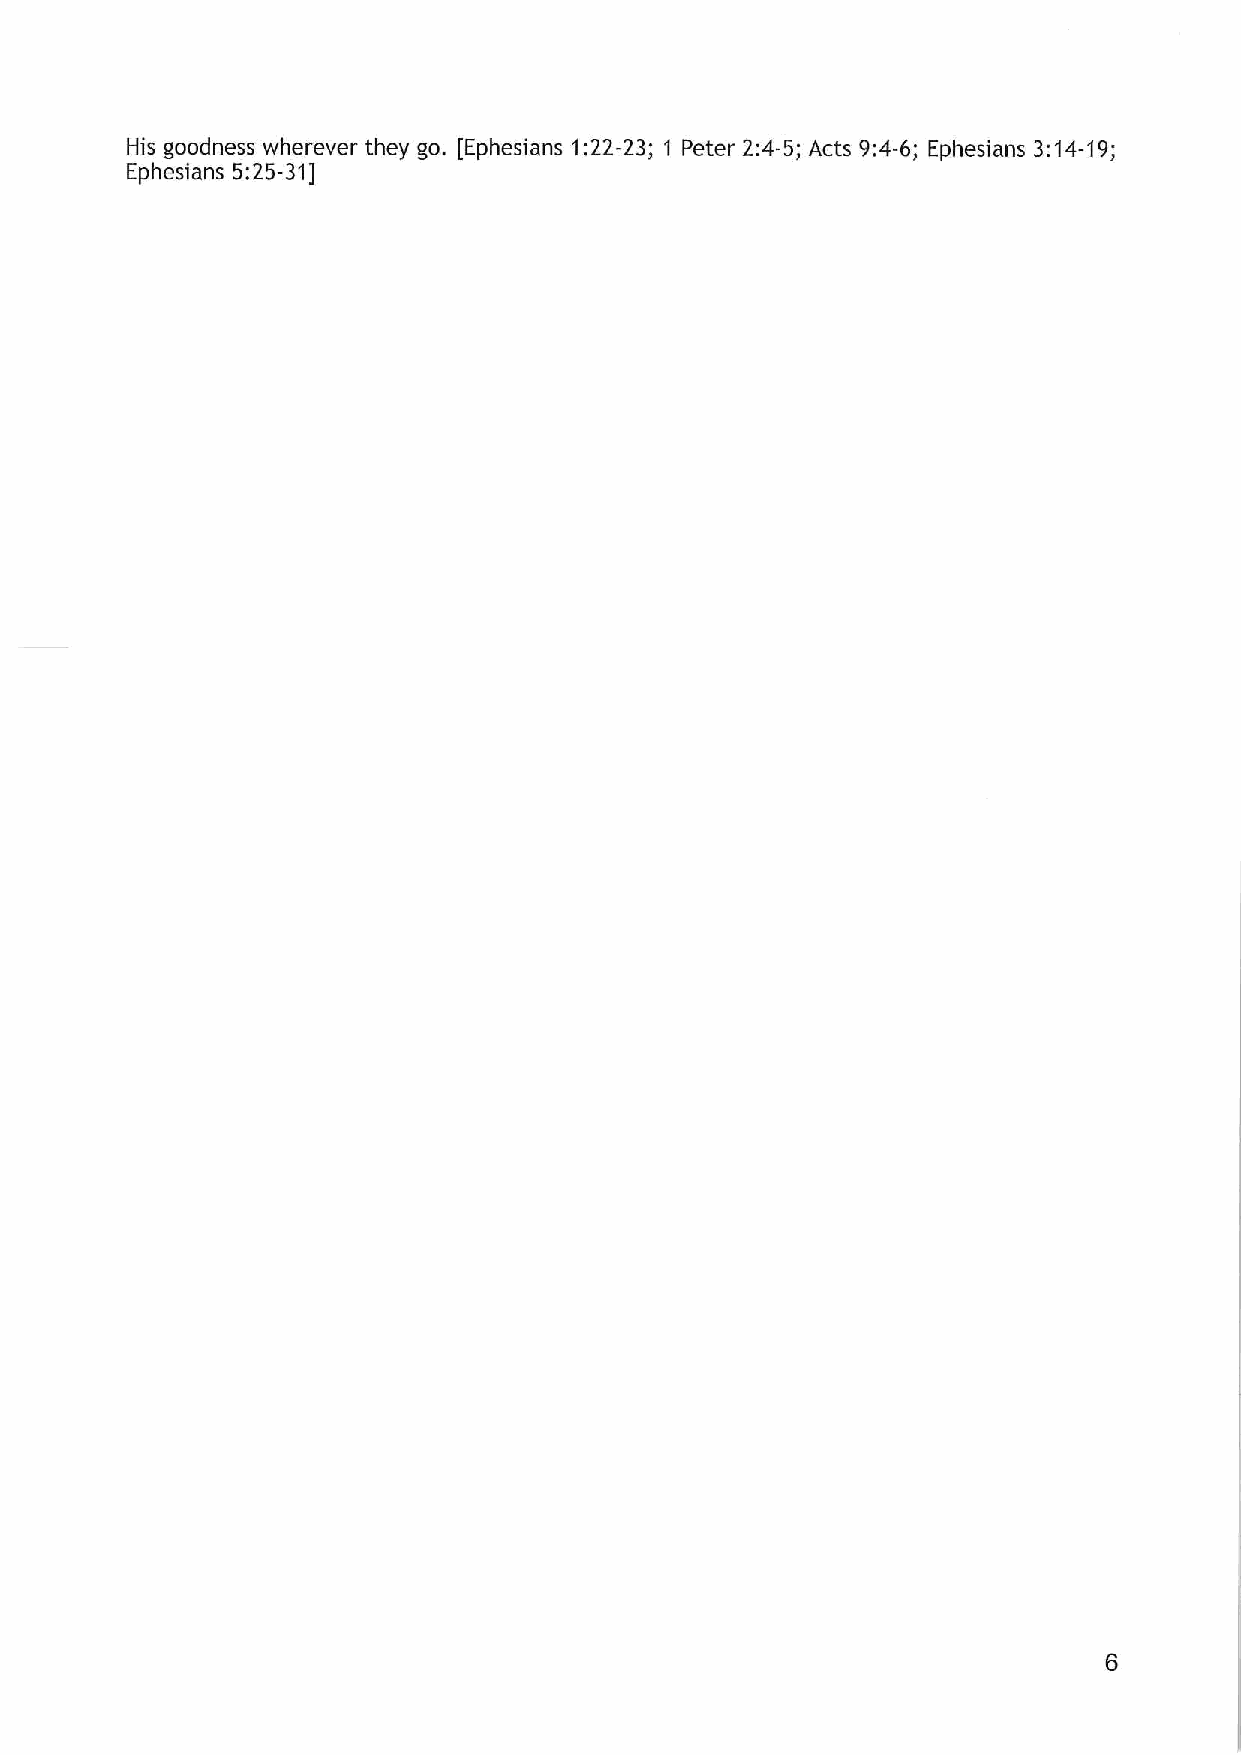
His goodness wherever they go. [Ephesians 1:22-23; 1 Peter 2:4-5;Acts 9:4-6; Ephesians 3:14-19;
 Ephesians 5:25-31]